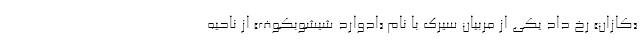
«کازان» رخ داد یکی از مربیان سیرک با نام «ادوارد شیشِوبِکوف» از ناحیه